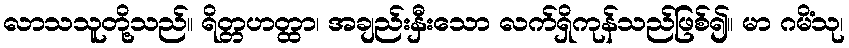
လာသသူတို့သည်။ ရိတ္တဟတ္ထာ၊ အချည်းနှီးသော လက်ရှိကုန်သည်ဖြစ်၍။ မာ ဂမိံသု၊